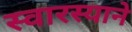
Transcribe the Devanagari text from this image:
स्वारस्याने